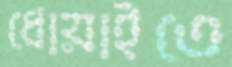
ধোয়াইতে